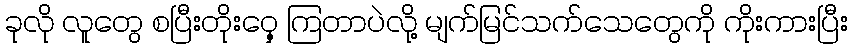
ခုလို လူတွေ စပြီးတိုးဝှေ့ ကြတာပဲလို့ မျက်မြင်သက်သေတွေကို ကိုးကားပြီး